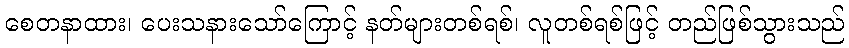
စေတနာထား၊ ပေးသနားသော်ကြောင့် နတ်များတစ်ရစ်၊ လူတစ်ရစ်ဖြင့် တည်ဖြစ်သွားသည်